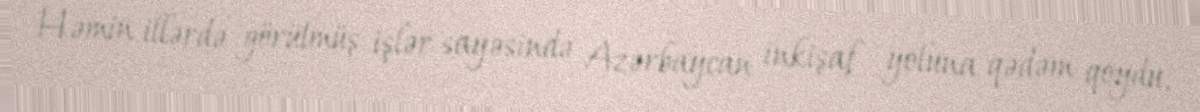
Həmin illərdə görülmüş işlər sayəsində Azərbaycan inkişaf yoluna qədəm qoydu,